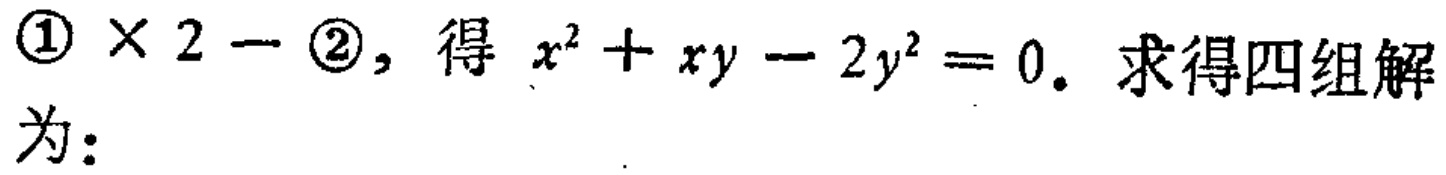
$\textcircled{1} \times 2 - \textcircled{2},\ 得\ x^{2}+xy - 2y^{2}=0.\ 求得四组解为：$